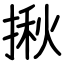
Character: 揪